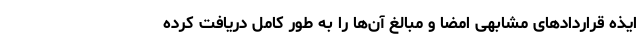
ایذه قراردادهای مشابهی امضا و مبالغ آن‌ها را به طور کامل دریافت کرده